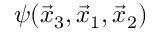
\psi ( \vec { x } _ { 3 } , \vec { x } _ { 1 } , \vec { x } _ { 2 } )